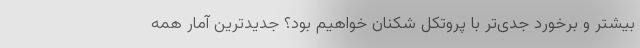
بیشتر و برخورد جدی‌تر با پروتکل شکنان خواهیم بود؟ جدیدترین آمار همه